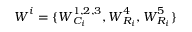
\boldsymbol { W } ^ { i } = \{ \boldsymbol { W } _ { C _ { i } } ^ { 1 , 2 , 3 } , \boldsymbol { W } _ { R _ { i } } ^ { 4 } , \boldsymbol { W } _ { R _ { i } } ^ { 5 } \}